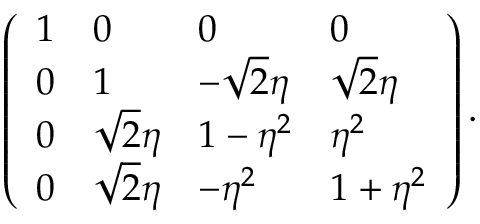
\left( \begin{array} { l l l l } { { 1 } } & { { 0 } } & { { 0 } } & { { 0 } } \\ { { 0 } } & { { 1 } } & { { - \sqrt { 2 } \eta } } & { { \sqrt { 2 } \eta } } \\ { { 0 } } & { { \sqrt { 2 } \eta } } & { { 1 - \eta ^ { 2 } } } & { { \eta ^ { 2 } } } \\ { { 0 } } & { { \sqrt { 2 } \eta } } & { { - \eta ^ { 2 } } } & { { 1 + \eta ^ { 2 } } } \end{array} \right) .